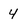
Character: 4